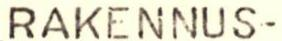
RAKENNUS-